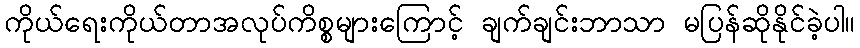
ကိုယ်ရေးကိုယ်တာအလုပ်ကိစ္စများကြောင့် ချက်ချင်းဘာသာ မပြန်ဆိုနိုင်ခဲ့ပါ။